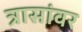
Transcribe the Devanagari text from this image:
त्रासांवर